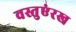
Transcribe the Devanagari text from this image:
वस्तुएंरख